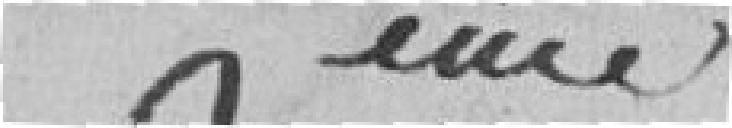
ème